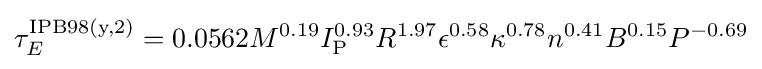
\tau _{E}^{\text{IPB98(y,2)}}=0.0562M^{0.19}I_{\text{P}}^{0.93}R^{1.97}\epsilon ^{0.58}\kappa ^{0.78}n^{0.41}B^{0.15}P^{-0.69}